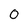
Character: 0